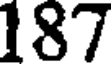
187